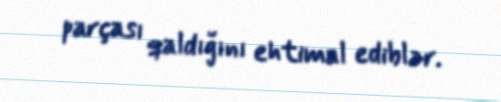
parçası qaldığını ehtimal ediblər.